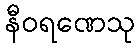
နီဝရဏေသု